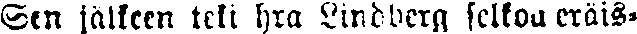
Sen jälkeen teki hra Lindberg selkoa eräis-